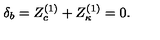
\delta _ { b } = Z _ { c } ^ { ( 1 ) } + Z _ { \kappa } ^ { ( 1 ) } = 0 .